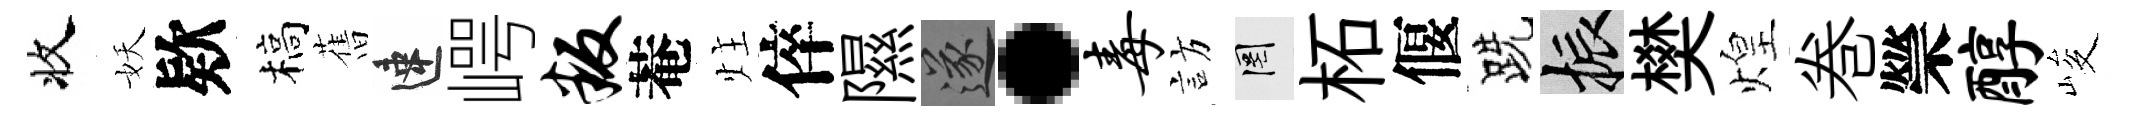
收妖欵槁𦾔速崿叛菴炷倅隰遂·毒訪罔柘偃跣振樊煌巻禜醇峻